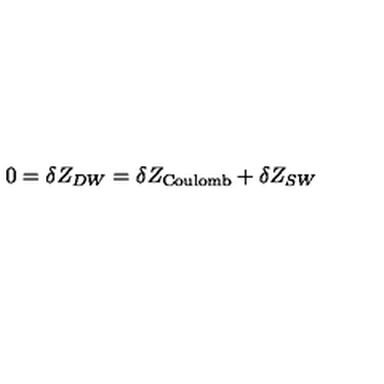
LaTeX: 0 = \delta Z _ { D W } = \delta Z _ { \mathrm { C o u l o m b } } + \delta Z _ { S W }